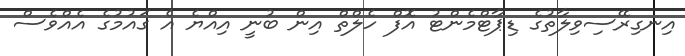
އިނގިރޭސިވިލާތުގެ ޑިޕާޓްމެންޓު އޮފް ހެލްތް އިން ބުނީ އިއްޔެ އެ ގައުމުގެ އެއްވެސް